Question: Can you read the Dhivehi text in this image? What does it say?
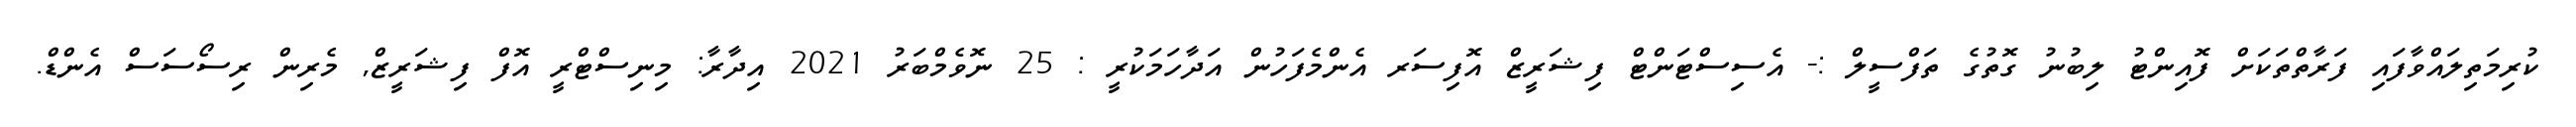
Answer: ކުރިމަތިލައްވާފައި ފަރާތްތަކަށް ފޮއިންޓު ލިބުނު ގޮތުގެ ތަފްސީލް :- އެސިސްޓަންޓް ފިޝަރީޒް އޮފިސަރ އެންމެފަހުން އަދާހަމަކުރީ : 25 ނޮވެމްބަރު 2021 އިދާރާ: މިނިސްޓްރީ އޮފް ފިޝަރީޒް, މެރިން ރިސޯސަސް އެންޑް.